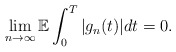
\begin{align*}\lim_{n\rightarrow\infty}\mathbb{E} \int_0^T |g_n(t)| dt = 0.\end{align*}